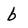
Character: b